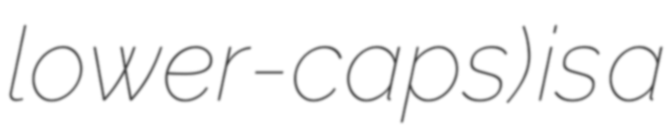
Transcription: lower-caps) is a